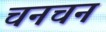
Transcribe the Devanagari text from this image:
चनचन